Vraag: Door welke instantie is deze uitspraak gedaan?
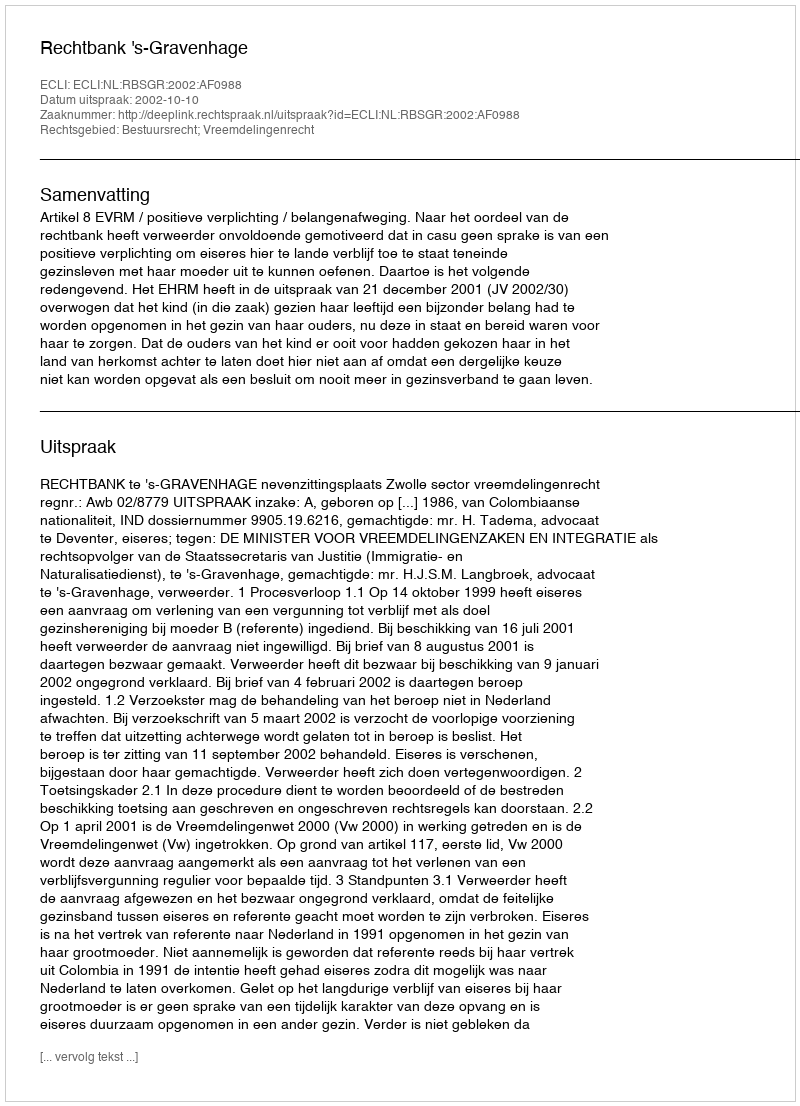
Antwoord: Rechtbank 's-Gravenhage